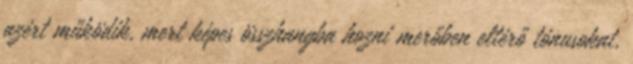
azért működik, mert képes összhangba hozni merőben eltérő tónusokat,